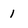
Character: 1